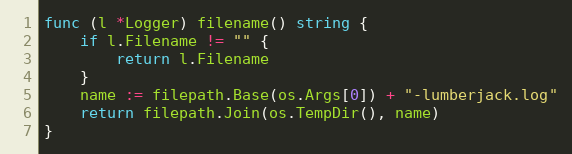
Language: Go
func (l *Logger) filename() string {
	if l.Filename != "" {
		return l.Filename
	}
	name := filepath.Base(os.Args[0]) + "-lumberjack.log"
	return filepath.Join(os.TempDir(), name)
}